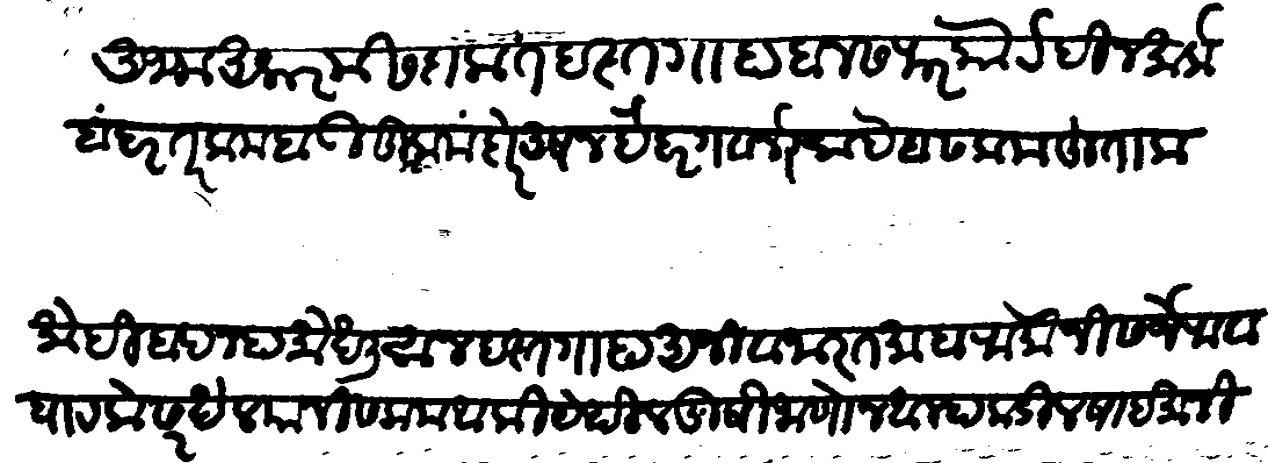
Transliteration (Devanagari): अजम आकरम सदाकत दस्तगाहा दीनसफरा कोर्ट दिनमार्क बंदर तर्कबाडी कुमादोर तु अशन हैदरा गवरनरा साहेब सलाम उल हू ताला मोहबीन पनाहा मोखलीसान दस्तगाह अजी वजारत माहा रामोजी सरजेराव घाटके सरखेल यांनी सलाम आंकी येथील खुषी जाणुन तुम्हाकडील षादमानी